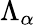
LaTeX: \Lambda_{\alpha}